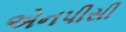
એનપીસી